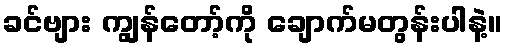
ခင်ဗျား ကျွန်တော့်ကို ချောက်မတွန်းပါနဲ့။